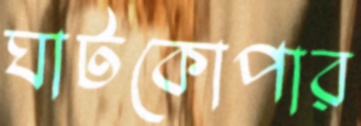
ঘাটকোপার